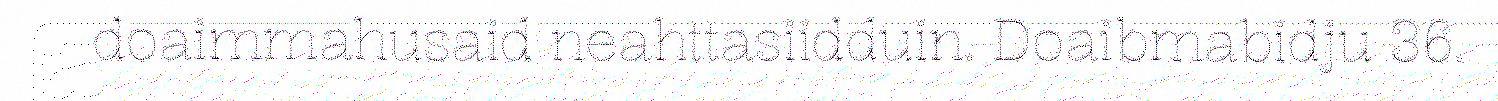
doaimmahusaid neahttasiidduin. Doaibmabidju 36.